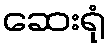
ဆေးရုံ